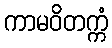
ကာမဝိတက္ကံ